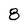
Character: 8